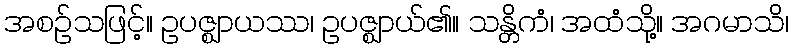
အစဉ်သဖြင့်။ ဥပဇ္ဈာယဿ၊ ဥပဇ္ဈာယ်၏။ သန္တိကံ၊ အထံသို့။ အဂမာသိ၊